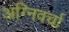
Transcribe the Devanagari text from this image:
अग्निवर्चा